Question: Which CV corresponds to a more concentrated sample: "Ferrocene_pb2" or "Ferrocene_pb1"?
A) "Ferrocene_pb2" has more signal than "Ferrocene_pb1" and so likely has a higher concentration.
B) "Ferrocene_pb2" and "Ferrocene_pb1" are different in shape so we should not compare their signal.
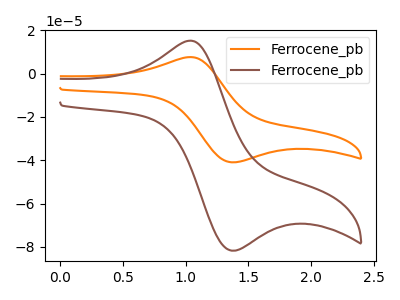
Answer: <think>The orange curve "Ferrocene_pb1" has an anodic peak at (1.05V, 7.60uA) and a cathodic peak at (1.40V, -40.95uA). The brown curve "Ferrocene_pb2" has an anodic peak at (1.05V, 15.15uA) and a cathodic peak at (1.40V, -81.70uA).
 All the peaks in "Ferrocene_pb2" have a peak in "Ferrocene_pb1" at the same potential. Every peak in "Ferrocene_pb2" is higher than every peak in "Ferrocene_pb1".</think>
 <answer>A) "Ferrocene_pb2" has more signal than "Ferrocene_pb1" and so likely has a higher concentration.</answer>
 <eval>A</eval>